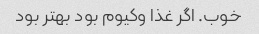
خوب. اگر غذا وکیوم بود بهتر بود